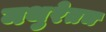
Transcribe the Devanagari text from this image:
मथुरेतच